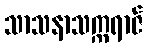
သာသနာသက္ကရာဇ်